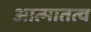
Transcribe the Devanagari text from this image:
आत्मातत्व